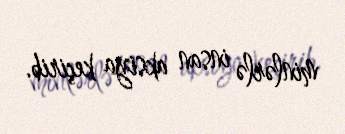
minlərlə insan aksiya keçirib.